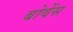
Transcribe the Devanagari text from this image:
बोवेंस